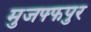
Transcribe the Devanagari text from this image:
मुजफ्फपुर